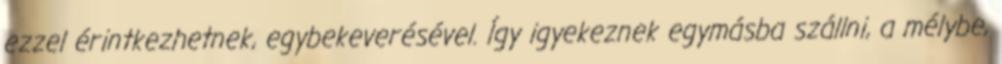
ezzel érintkezhetnek, egybekeverésével. Így igyekeznek egymásba szállni, a mélybe,